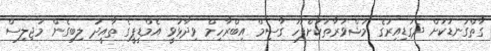
ގާތްގަނޑަކަށް ދެގަޑިއިރުގެ މަޝްވަރާތަކަށްފަހު ގާސިމް އިބްރާހިމް ވިދާޅުވީ އެމްޑީޕީގެ ތާއީދު ލިބިގެން މަޖިލިސް